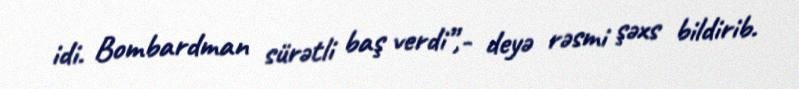
idi. Bombardman sürətli baş verdi”,- deyə rəsmi şəxs bildirib.